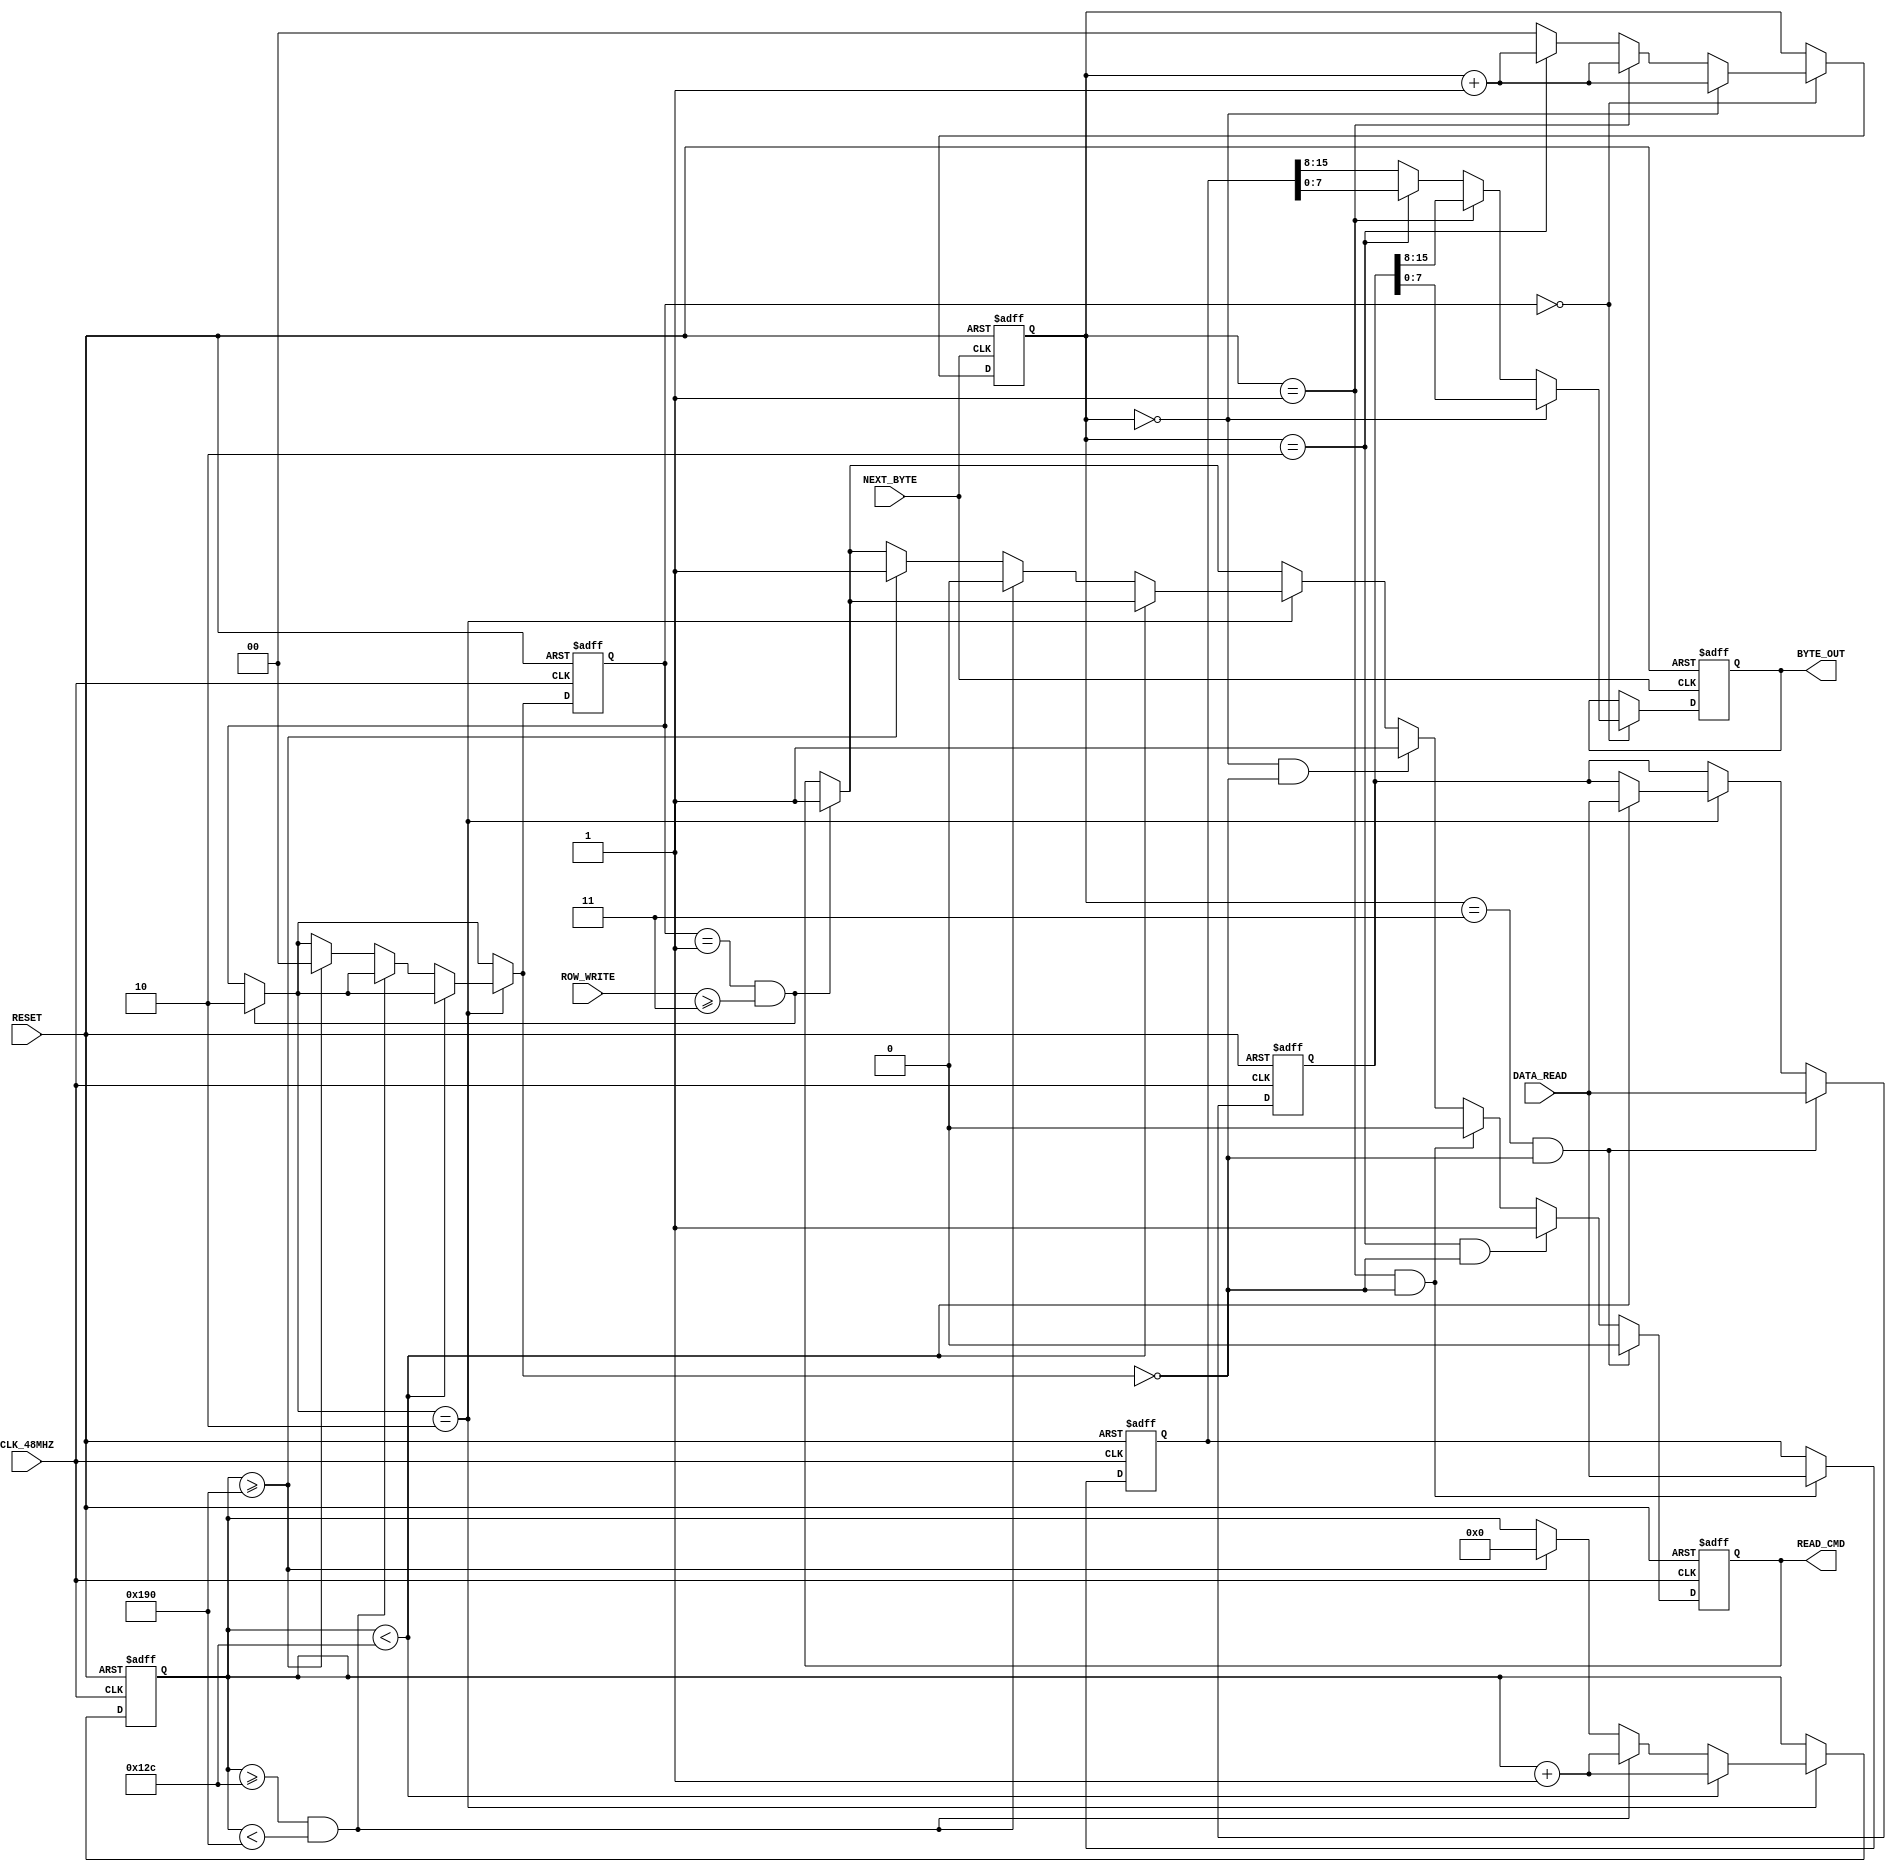
////////////////////////////////////////////////////////////////////////////////////////////////////
// Company: <Name>
//
// File history:
//      <Revision number>: <Date>: <Comments>
//      <Revision number>: <Date>: <Comments>
//      <Revision number>: <Date>: <Comments>
//
// Description: 
//
// <Description here>
//
// Targeted device: <Family::ProASIC3L> <Die::A3PE3000L> <Package::484 FBGA>
//
/////////////////////////////////////////////////////////////////////////////////////////////////// 

//`timescale <time_units> / <precision>

module read_buffer( CLK_48MHZ,RESET,NEXT_BYTE,DATA_READ,ROW_WRITE,READ_CMD,BYTE_OUT);

// Inputs and Outputs
input CLK_48MHZ, RESET, NEXT_BYTE;
input [15:0] DATA_READ;
input [12:0] ROW_WRITE;

output READ_CMD;
output [7:0] BYTE_OUT;

// Registers and Assignments
reg read_cmd;
reg [1:0] init_stage;
reg [8:0] init_wait;
reg [7:0] byte_out;
reg [1:0] position;
reg [15:0] buffer_a;
reg [15:0] buffer_b;

assign BYTE_OUT = byte_out;
assign READ_CMD = read_cmd;

always @(posedge NEXT_BYTE or negedge RESET) begin
    if (RESET==1'b0) begin
        position= 2'b00;
        byte_out<=8'b0;
    end else if (init_stage==0) begin
        if (position==2'b00) begin
            byte_out<=buffer_a[7:0];
            position=position+1;
        end else if (position==2'b01) begin
            byte_out<=buffer_a[15:8];
            position=position+1;
        end else if (position==2'b10) begin
            byte_out<=buffer_b[7:0];
            position=position+1;
        end else begin
            byte_out<=buffer_b[15:8];
            position=2'b00;
        end

    end

end

always @(posedge CLK_48MHZ or negedge RESET) begin
    if (RESET==1'b0) begin
        read_cmd<=1'b0;
        init_stage=1;
        init_wait=0;
        buffer_a<=0;
        buffer_b<=0;
    end else begin
        if ((init_stage==1) && (ROW_WRITE>=13'b0000000000011)) begin
            read_cmd<=1'b1;
            init_stage=2;
            // HERE NEED TO GET FIRST 2 WORDS OF DATA FROM MEMORY TO FILL THE CACHE!!!!
            // Really just need first word, then normal logic should handle the rest...
        end
        if (init_stage==2) begin
            if (init_wait<300) begin
                buffer_a<=DATA_READ;
                init_wait=init_wait+1;
            end else if ((init_wait>=300) && (init_wait<400)) begin
                read_cmd<=1'b0;
                init_wait=init_wait+1;
            end else if (init_wait>=400) begin
                read_cmd<=1'b1;
                init_wait=0;
                init_stage=0;
            end 
        end
        if ((position==2'b00) && (init_stage==0)) begin
            read_cmd<=1'b1;
        end
        if ((position==2'b01) && (init_stage==0)) begin
            read_cmd<=1'b0;
            buffer_b<=DATA_READ;
        end
        if ((position==2'b10) && (init_stage==0)) begin
            read_cmd<=1'b1;
        end
        if ((position==2'b11) && (init_stage==0)) begin
            buffer_a<=DATA_READ;
            read_cmd<=1'b0;
        end
            
    end

end
endmodule